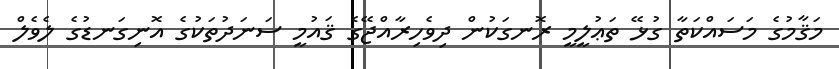
މަޤާމުގެ މަސައްކަތާ ގުޅޭ ތަޢުލީމީ ރޮނގަކުން ދިވެހިރާއްޖޭގެ ޤައުމީ ސަނަދުތަކުގެ އޮނިގަނޑުގެ ލެވެލް